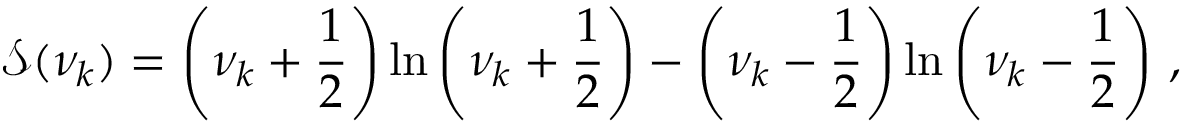
\mathcal { S } ( \nu _ { k } ) = \left( \nu _ { k } + \frac { 1 } { 2 } \right) \ln \left( \nu _ { k } + \frac { 1 } { 2 } \right) - \left( \nu _ { k } - \frac { 1 } { 2 } \right) \ln \left( \nu _ { k } - \frac { 1 } { 2 } \right) \, ,